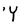
Character: Y